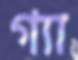
গ্যা